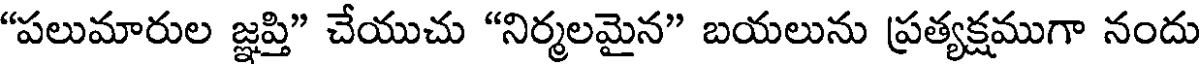
"పలుమారుల జ్ఞప్తి" చేయుచు "నిర్మలమైన" బయలును ప్రత్యక్షముగా నందు